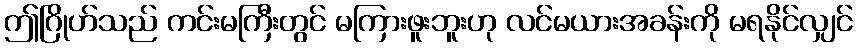
ဤဂြိုဟ်သည် ကင်းမကြီးတွင် မကြားဖူးဘူးဟု လင်မယားအခန်းကို မရနိုင်လျှင်